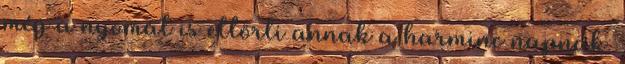
még a nyomát is eltörli annak a harminc napnak.